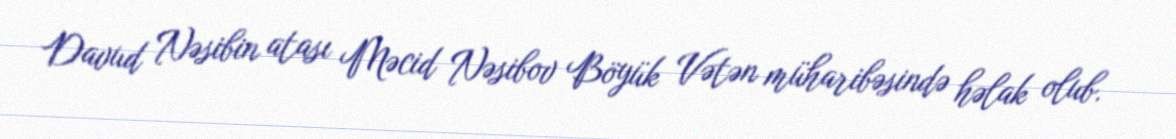
Davud Nəsibin atası Məcid Nəsibov Böyük Vətən müharibəsində həlak olub.